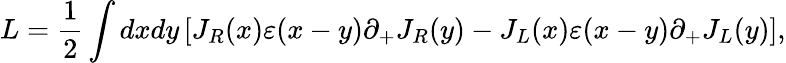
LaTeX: L=\frac{1}{2}\int dxdy\left[J_{R}(x)\varepsilon(x-y)\partial_{+}J_{R}(y)-J_{L}(x)\varepsilon(x-y)\partial_{+}J_{L}(y)\right],